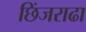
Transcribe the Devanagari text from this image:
छिंजराढा